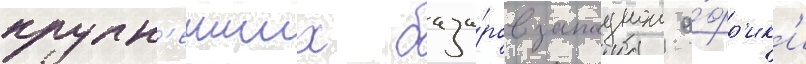
крупн'еиших база́ров западнои а́фр'ик'и